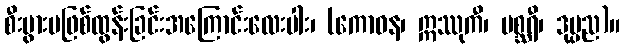
စီးပွားမဖြစ်ထွန်းခြင်းအကြောင်းလေးပါး၊ (ကောဓန၊ ဣဿုကီ၊ မစ္ဆရီ၊ ဒုပ္ပည)။